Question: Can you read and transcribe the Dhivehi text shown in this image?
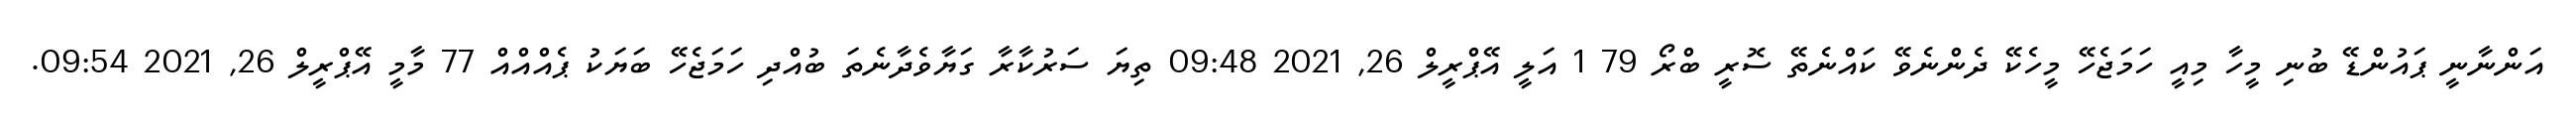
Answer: އަންނާނީ ޕައުންޑޭ ބުނި މީހާ މިއީ ހަމަޖެހޭ މީހެކޭ ދެންނެވޭ ކައްނެތޭ ސޮރީ ބްރޯ 79 1 އަލީ އޭޕްރީލް 26, 2021 09:48 ތިޔަ ސަރުކާރާ ގަޔާވެދާނެތަ ބުއްދި ހަމަޖެހޭ ބަޔަކު ޕެއްއްއް 77 މާމީ އޭޕްރީލް 26, 2021 09:54.